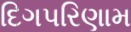
દિગપરિણામ